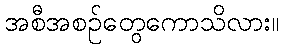
အစီအစဉ်တွေကောသိလား။